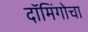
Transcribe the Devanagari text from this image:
दॉमिंगोचा